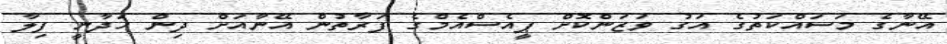
އޭނާގެ މަސައްކަތުގެ އަގު ވަޒަންކޮށް ޕީއެސްއެމްގެ ފަރާތުން އޭނާއަށް ދިން ހަދާނީ ފިލާ